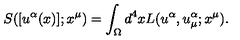
{ S } ( [ u ^ { \alpha } ( x ) ] ; x ^ { \mu } ) = \int _ { \Omega } d ^ { 4 } x { L } ( u ^ { \alpha } , u _ { \mu } ^ { \alpha } ; x ^ { \mu } ) .